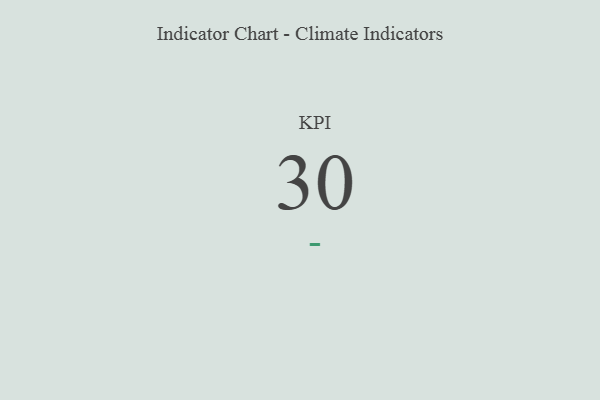
{"axis": {"x": "KPI", "y": "Value"}, "legend": [""], "data": [{"x": "KPI", "y": 30, "type": ""}]}